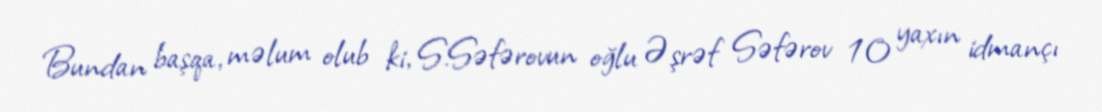
Bundan başqa, məlum olub ki, S.Səfərovun oğlu Əşrəf Səfərov 10 yaxın idmançı